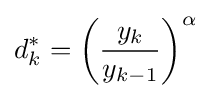
d_{k}^{\ast }=\left({\frac {y_{k}}{y_{k-1}}}\right)^{\alpha }